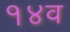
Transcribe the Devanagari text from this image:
१४व